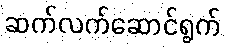
ဆက်လက်ဆောင်ရွက်